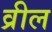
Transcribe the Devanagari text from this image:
व्रील